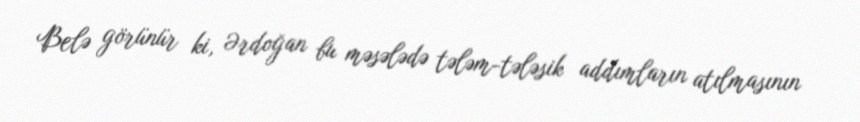
Belə görünür ki, Ərdoğan bu məsələdə tələm-tələsik addımların atılmasının